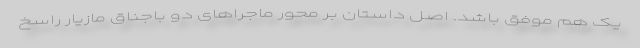
یک هم موفق باشد. اصل داستان بر محور ماجراهای دو باجناق مازیار راسخ